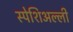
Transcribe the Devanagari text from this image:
स्पेशिअल्ली